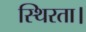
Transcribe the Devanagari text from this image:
स्थिरता।